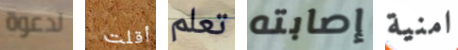
لدعوة أقلت تعلم إصابته امنية